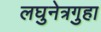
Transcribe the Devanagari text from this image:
लघुनेत्रगुहा